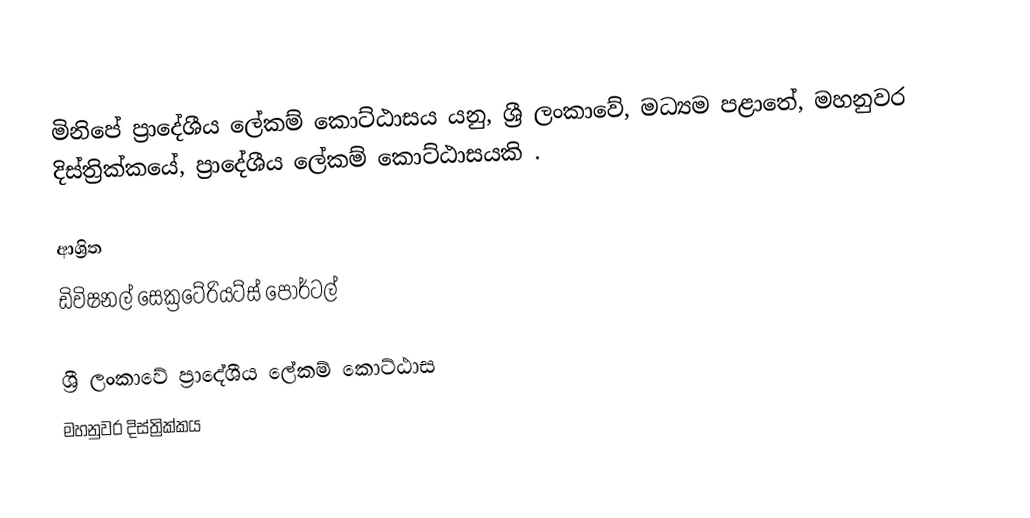
මිනිපේ ප්‍රාදේශීය ලේකම් කොට්ඨාසය යනු,  ශ්‍රී ලංකාවේ, මධ්‍යම පළාතේ,   මහනුවර දිස්ත්‍රික්කයේ, ප්‍රාදේශීය ලේකම් කොට්ඨාසයකි .

ආශ්‍රිත
 ඩිවිෂනල් සෙක්‍රටේරියට්ස් පෝර්ටල්

ශ්‍රී ලංකාවේ ප්‍රාදේශීය ලේකම් කොට්ඨාස
මහනුවර දිස්ත්‍රික්කය